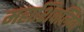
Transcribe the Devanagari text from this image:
महाशिवलिंग